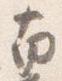
南